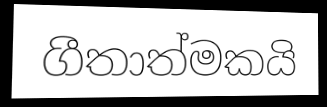
ගීතාත්මකයි